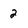
Character: 2